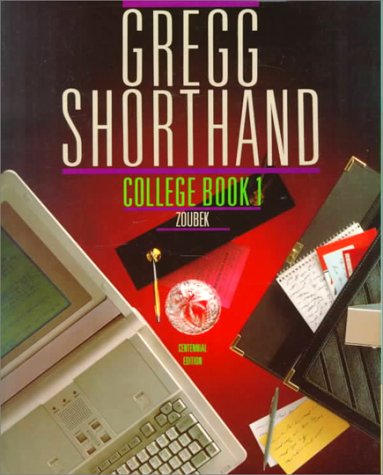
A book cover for Gregg Shorthand, College, Book 1 (Centennial Edition) (Bk. 1); Charles E. Zoubek; Business & Money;